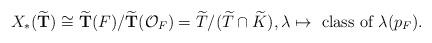
LaTeX: \begin{align*}X_*({\widetilde{\bf T}})\cong {\widetilde{\bf T}(F)}/{\widetilde{\bf T}({\mathcal O}_F)}=\widetilde{T}/(\widetilde{T}\cap\widetilde{K}),\lambda\mapsto\mbox{ class of }\lambda(p_F).\end{align*}